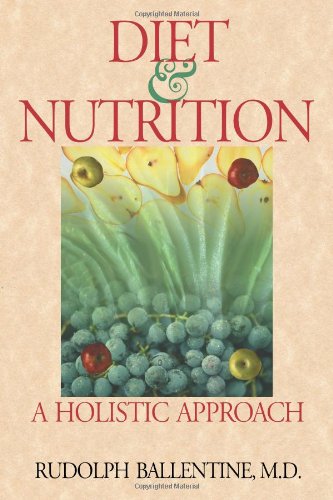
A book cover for Diet and Nutrition: A Holistic Approach; Rudolph Ballentine; Health, Fitness & Dieting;